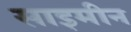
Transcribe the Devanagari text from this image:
साइमीन